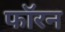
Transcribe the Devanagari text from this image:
फॉरन